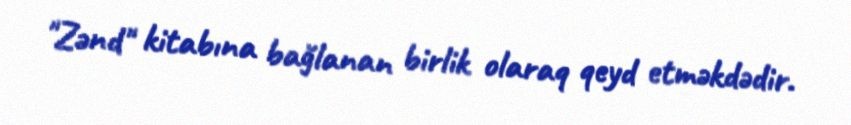
"Zənd" kitabına bağlanan birlik olaraq qeyd etməkdədir.